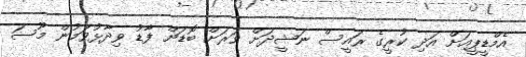
އެމްޑީޕީއަށް އަދި ކުރީގެ ރައީސް ނަޝީދަށް ވަރަށް ބޮޑަށް ފާޑު ވިދާޅުވަމުން މޫސަ